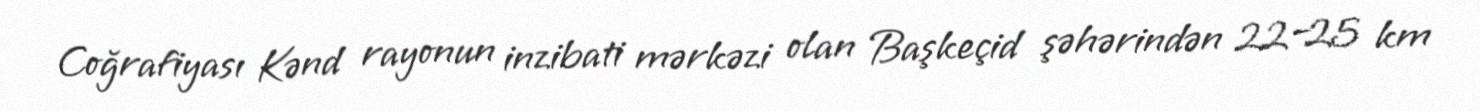
Coğrafiyası Kənd rayonun inzibati mərkəzi olan Başkeçid şəhərindən 22–25 km